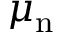
\mu _ { \mathrm { n } }